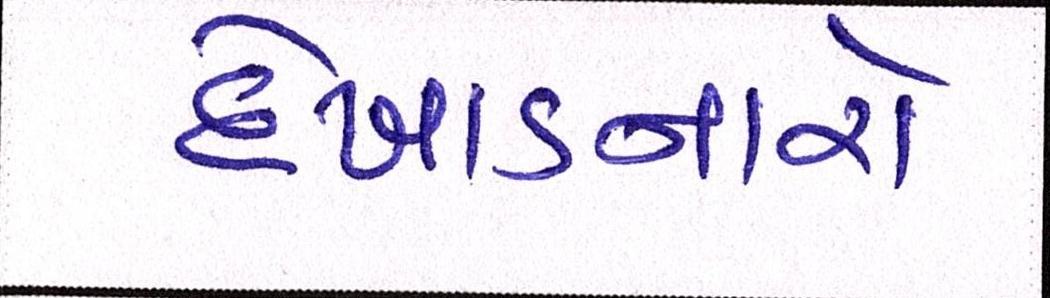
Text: દેખાડનારો